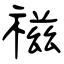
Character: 禌